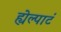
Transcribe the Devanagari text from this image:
ह्येल्पाटं